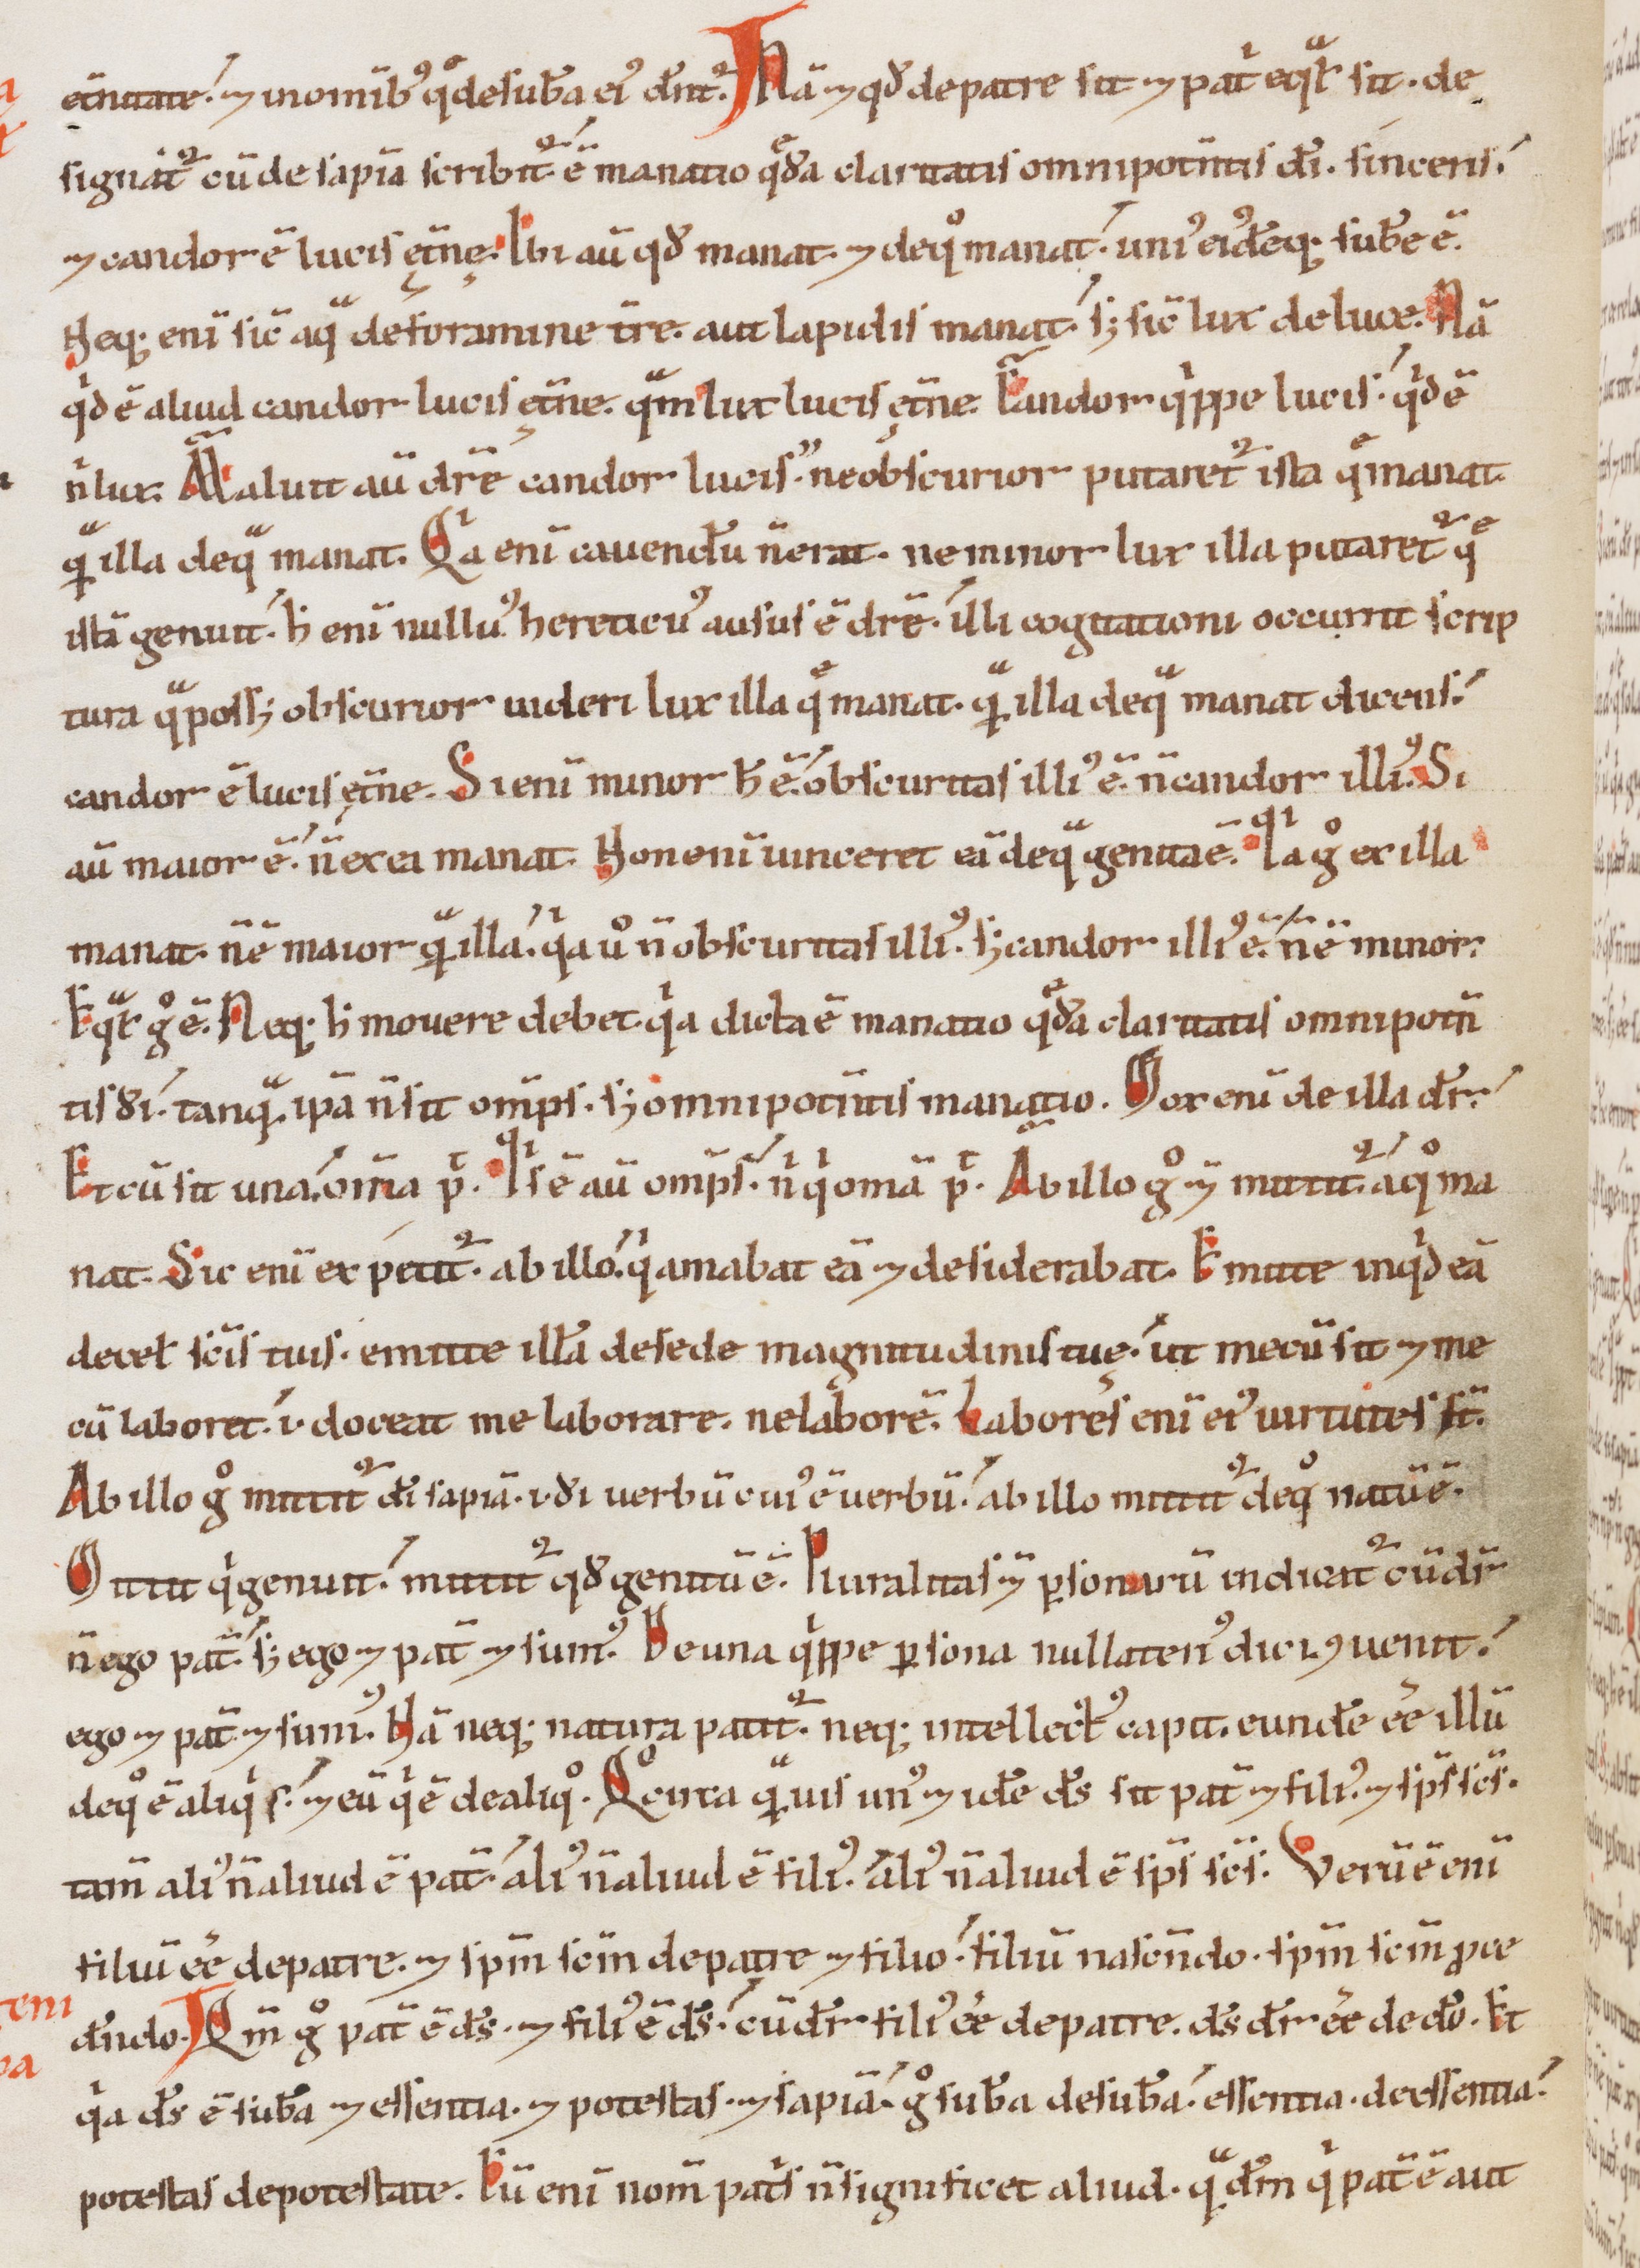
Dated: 1100–1199